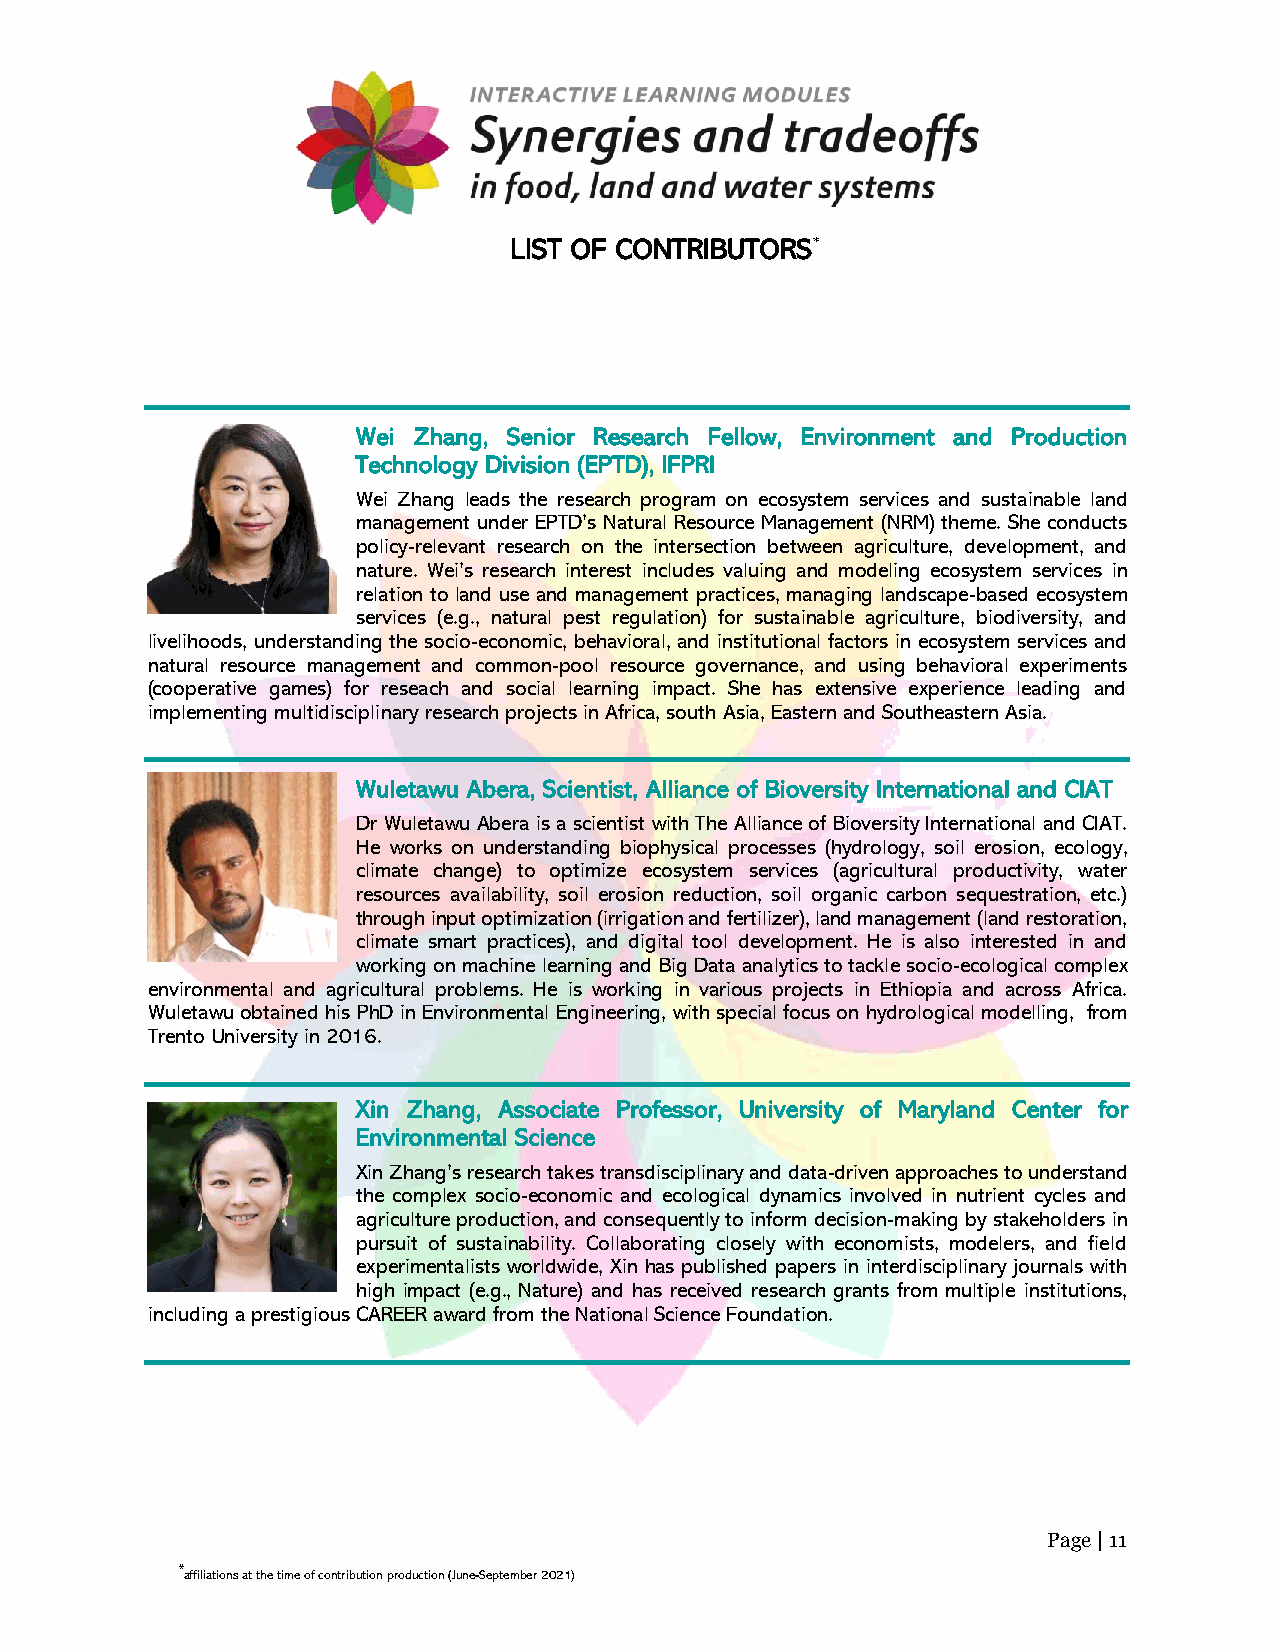
LIST OF CONTRIBUTORS*
 Wei Zhang, Senior Research Fellow, Environment and Production
 Technology Division (EPTD), IFPRI
 Wei Zhang leads the research program on ecosystem services and sustainable land
 management under EPTD’s Natural Resource Management (NRM) theme. She conducts
 policy-relevant research on the intersection between agriculture, development, and
 nature. Wei’s research interest includes valuing and modeling ecosystem services in
 relation to land use and management practices, managing landscape-based ecosystem
 services (e.g., natural pest regulation) for sustainable agriculture, biodiversity, and
 livelihoods, understanding the socio-economic, behavioral, and institutional factors in ecosystem services and
 natural resource management and common-pool resource governance, and using behavioral experiments
 (cooperative games) for reseach and social learning impact. She has extensive experience leading and
 implementing multidisciplinary research projects in Africa, south Asia, Eastern and Southeastern Asia.
 Wuletawu Abera, Scientist, Alliance of Bioversity International and CIAT
 Dr Wuletawu Abera is a scientist with The Alliance of Bioversity International and CIAT.
 He works on understanding biophysical processes (hydrology, soil erosion, ecology,
 climate change) to optimize ecosystem services (agricultural productivity, water
 resources availability, soil erosion reduction, soil organic carbon sequestration, etc.)
 through input optimization (irrigation and fertilizer), land management (land restoration,
 climate smart practices), and digital tool development. He is also interested in and
 working on machine learning and Big Data analytics to tackle socio-ecological complex
 environmental and agricultural problems. He is working in various projects in Ethiopia and across Africa.
 Wuletawu obtained his PhD in Environmental Engineering, with special focus on hydrological modelling, from
 Trento University in 2016.
 Xin Zhang, Associate Professor, University of Maryland Center for
 Environmental Science
 Xin Zhang’s research takes transdisciplinary and data-driven approaches to understand
 the complex socio-economic and ecological dynamics involved in nutrient cycles and
 agriculture production, and consequently to inform decision-making by stakeholders in
 pursuit of sustainability. Collaborating closely with economists, modelers, and field
 experimentalists worldwide, Xin has published papers in interdisciplinary journals with
 high impact (e.g., Nature) and has received research grants from multiple institutions,
 including a prestigious CAREER award from the National Science Foundation.
 Page | 11
 *affiliations at the time of contribution production (June-September 2021)